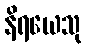
နိရယေသု